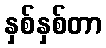
နှစ်နှစ်တာ